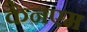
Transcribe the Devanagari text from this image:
कैनएम